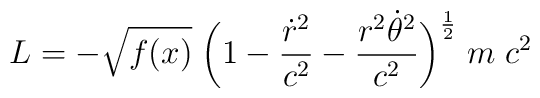
L = - \sqrt{f(x)}\; \biggl( 1- {\dot r^2 \over c^2} -{r^2\dot\theta^2 \over c^2} \biggr)^{1\over 2 }\; m\; c^2